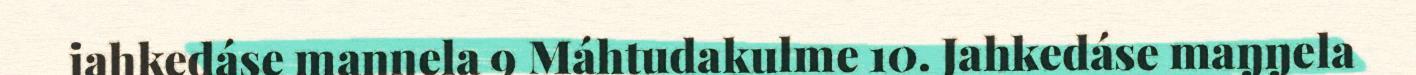
jahkedáse maŋŋela 9 Máhtudakulme 10. Jahkedáse maŋŋela